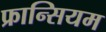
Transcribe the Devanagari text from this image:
फ्रान्सियम